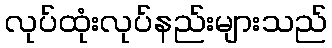
လုပ်ထုံးလုပ်နည်းများသည်